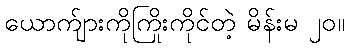
ယောက်ျားကိုကြိုးကိုင်တဲ့ မိန်းမ ၂၀။